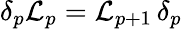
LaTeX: \delta_{p}{\cal L}_{p}={\cal L}_{p+1}\, \delta_{p}